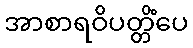
အာစာရဝိပတ္တိံပေ